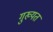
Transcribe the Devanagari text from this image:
गुख्यत